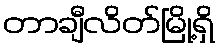
တာချီလိတ်မြို့ရှိ